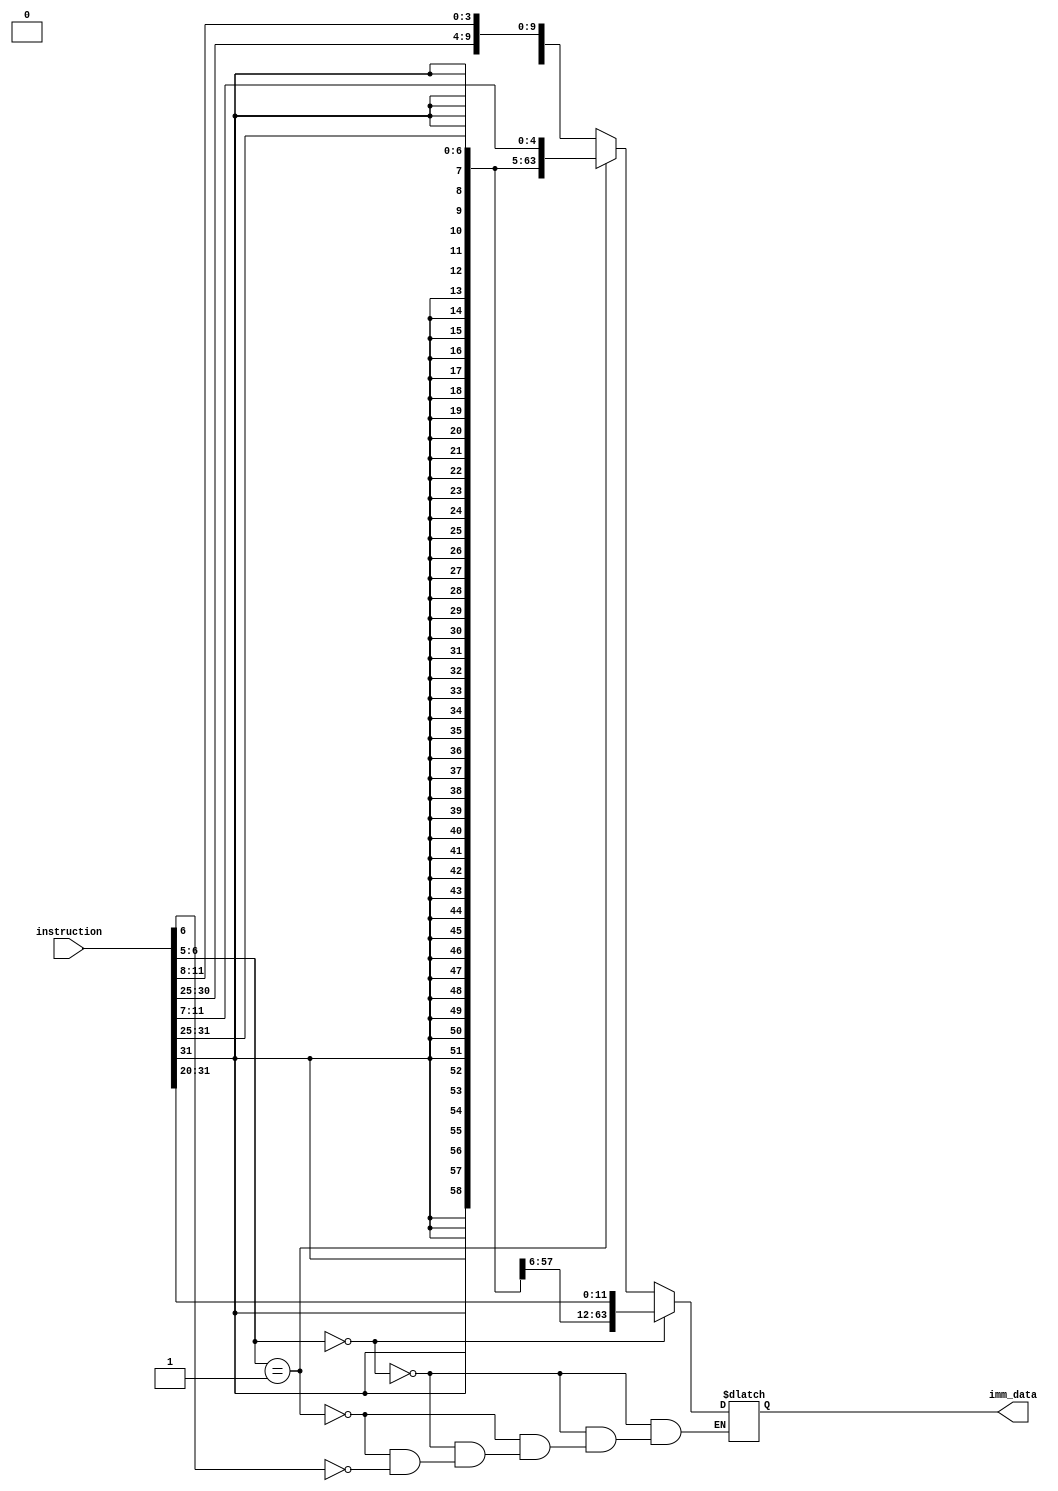
module imm_data
(
        input [31:0]instruction,
        output reg [63:0]imm_data
);

always @ (instruction)
begin
  if (instruction[6:5] == 2'b00) //imm
      imm_data = {{52{instruction[31]}},instruction[31:20]};
  else if(instruction[6:5] == 2'b01) //s-type
      imm_data = {{52{instruction[31]}},instruction[31:25],instruction[11:7]};
  else if(instruction[6] == 1'b1) //sb-type
      imm_data = {{52{instruction[31]}},instruction[7],instruction[30:25],instruction[11:8]};
end
endmodule